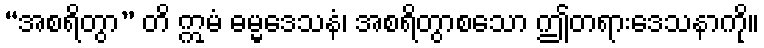
“အစရိတွာ” တိ ဣမံ ဓမ္မဒေသနံ၊ အစရိတွာစသော ဤတရားဒေသနာကို။